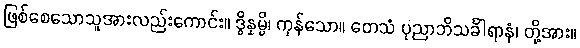
ဖြစ်စေသောသူအားလည်းကောင်း။ ဒွိန္နမ္ပိ၊ ကုန်သော။ တေသံ ပုညာဘိသင်္ခါရာနံ၊ တို့အား။